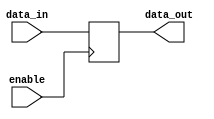
module tri_state_buffer (
    input wire enable,
    input wire data_in,
    output reg data_out
);

always @ (posedge enable)
    data_out <= data_in;

endmodule